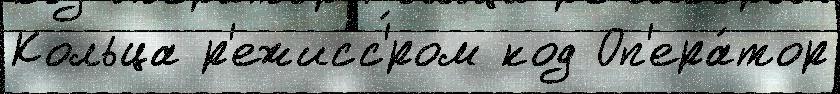
Кольца р'ежисс'́ром код Оп'ера́тор